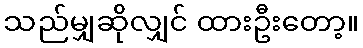
သည်မျှဆိုလျှင် ထားဦးတော့။